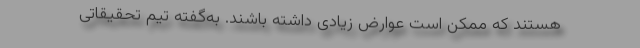
هستند که ممکن است عوارض زیادی داشته‌ باشند. به‌گفته تیم تحقیقاتی